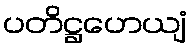
ပတိဋ္ဌဟေယျံ